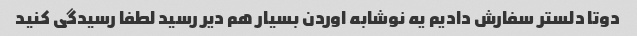
دوتا دلستر سفارش دادیم یه نوشابه اوردن بسیار هم دیر رسید لطفا رسیدگی کنید